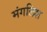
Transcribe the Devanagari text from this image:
मंगलिश